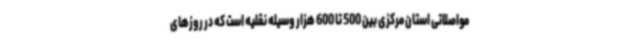
مواصلاتی استان مرکزی بین 500 تا 600 هزار وسیله نقلیه است که در روزهای